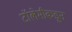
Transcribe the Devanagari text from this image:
टॉलेमीकडून